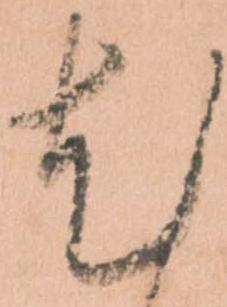
尤